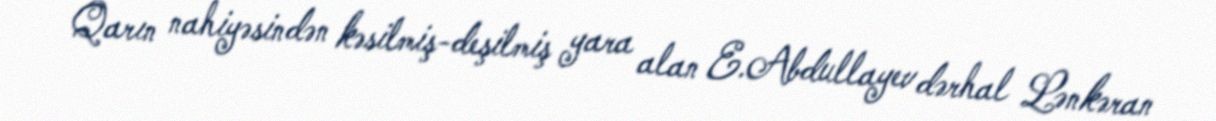
Qarın nahiyəsindən kəsilmiş-deşilmiş yara alan E.Abdullayev dərhal Lənkəran